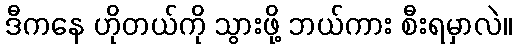
ဒီကနေ ဟိုတယ်ကို သွားဖို့ ဘယ်ကား စီးရမှာလဲ။